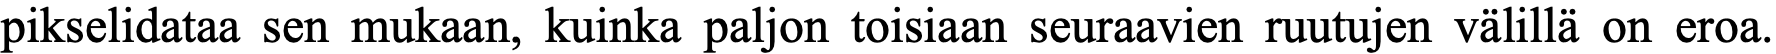
pikselidataa sen mukaan, kuinka paljon toisiaan seuraavien ruutujen välillä on eroa.